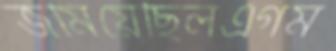
জমিয়েছিলএগম